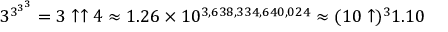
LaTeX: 3 ^ { 3 ^ { 3 ^ { 3 } } } = 3 \uparrow \uparrow 4 \approx 1 . 2 6 \times 1 0 ^ { 3 , 6 3 8 , 3 3 4 , 6 4 0 , 0 2 4 } \approx ( 1 0 \uparrow ) ^ { 3 } 1 . 1 0